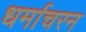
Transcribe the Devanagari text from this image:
धर्माचरन